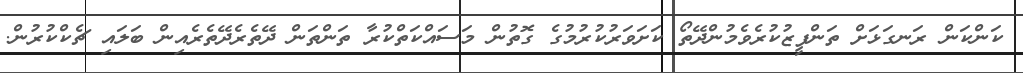
ކަންކަން ރަނގަޅަށް ތަންފީޒުކުރެވެމުންދޭތޯ ކަށަވަރުކުރުމުގެ ގޮތުން މަސައްކަތްކުރާ ތަންތަން ދޭތެރެދޭތެރެއިން ބަލައި ޗެކްކުރުން.